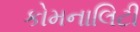
કોમનાલિટી